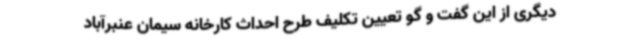
دیگری از این گفت و گو تعیین تکلیف طرح احداث کارخانه سیمان عنبرآباد